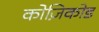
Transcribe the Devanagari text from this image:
कोज़िकोड